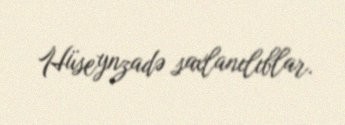
Hüseynzadə saxlanılıblar.